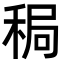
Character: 𫀸